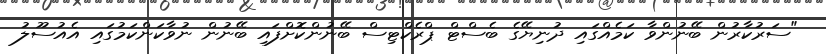
"ސަރުކާރުން ބޭނުންވާ ކަމެއްގައި ދުނިޔޭގެ ބެސްޓް ޕްރެކްޓިސް ބޭނުންކޮށްފައި ބޭނުން ނުވާކަންކަމުގައި އެއުސޫލު